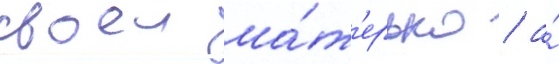
своеи ма́т'ерью / а́